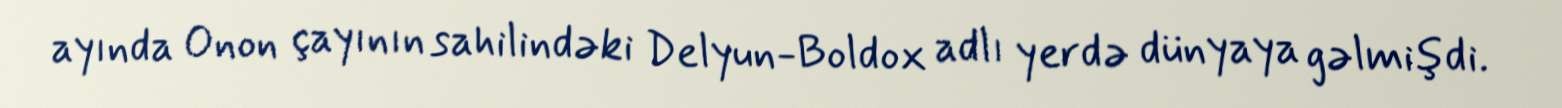
ayında Onon çayının sahilindəki Delyun-Boldox adlı yerdə dünyaya gəlmişdi.